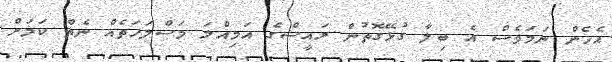
އެހެން ނަމަވެސް އެ ބިލާ ގުޅޭގޮތުން ރައީސްގެ އަމިއްލަ މަސްލަހަތެއް ނެތް ކަމަށް